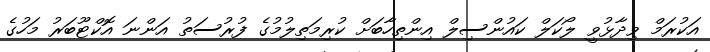
އަކުރަމް ވިދާޅުވީ ލޯކަލް ކައުންސިލް އިންތިހާބަށް ކުރިމަތިލުމުގެ ފުރުސަތު އަންނަ އޮކްޓޫބަރު މަހުގެ